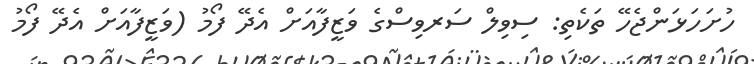
ހުށަހަޅަންޖެހޭ ތަކެތި: ސިވިލް ސަރވިސްގެ ވަޒީފާއަށް އެދޭ ފޯމު (ވަޒީފާއަށް އެދޭ ފޯމު